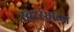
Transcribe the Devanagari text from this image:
स्वररंध्राच्या